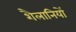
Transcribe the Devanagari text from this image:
शैलानियों